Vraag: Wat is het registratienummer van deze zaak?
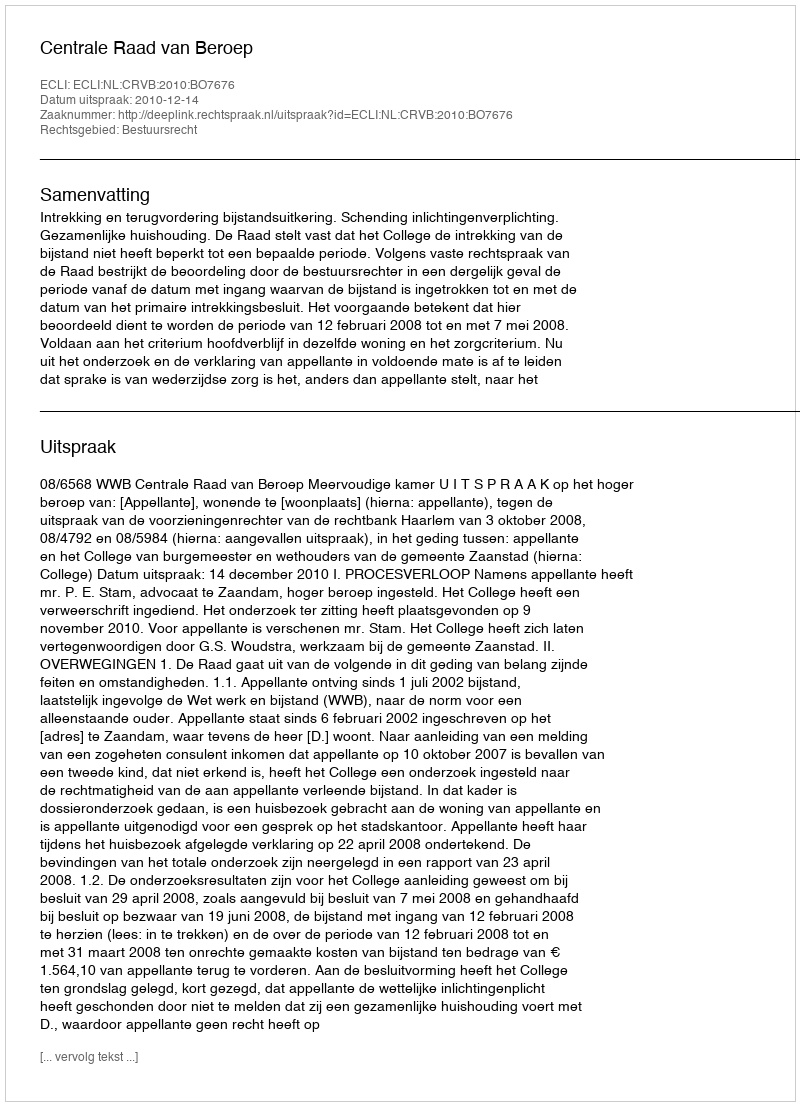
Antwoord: http://deeplink.rechtspraak.nl/uitspraak?id=ECLI:NL:CRVB:2010:BO7676